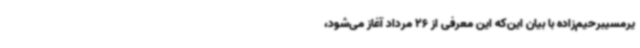
یرمسیبرحیم‌زاده با بیان این‌که این معرفی از 26 مرداد آغاز می‌شود،